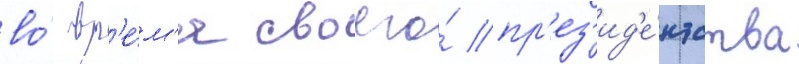
во́ вр'е́м'я своего́ пр'ез'ид'е́нтства